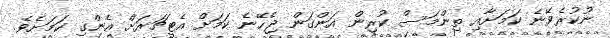
ނުކުރެވޭނެ ކަމަށާއި ތިންމަސް ކުރިން އަންގަން ޖެހޭނެ ކަމަށް އެޓީޗަރަށް އެންގި ކަމަށެވެ.